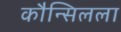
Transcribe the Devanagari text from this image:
कौन्सिलला